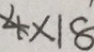
4 \times 1 8